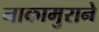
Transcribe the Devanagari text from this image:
नाकामुराने